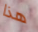
هذا